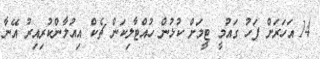
14 އަަހަރަށް ފަހު ގައުމީ ޓީމަށް ކުޅުން ހުއްޓާލިކަން ޗެކް އިއުލާންކުރިއިރު އޭނާ